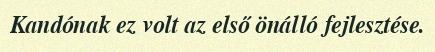
Kandónak ez volt az első önálló fejlesztése.